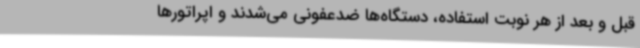
قبل و بعد از هر نوبت استفاده، دستگاه‌ها ضدعفونی می‌شدند و اپراتورها